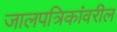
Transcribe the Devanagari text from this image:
जालपत्रिकांवरील